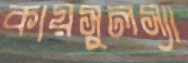
কায়সুলস্যা